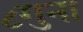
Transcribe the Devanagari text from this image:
८गुना